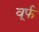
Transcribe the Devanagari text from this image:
वूर्फ